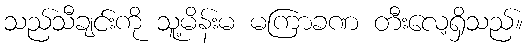
သည်သီချင်းကို သူ့မိန်းမ မကြာခဏ တီးလေ့ရှိသည်။